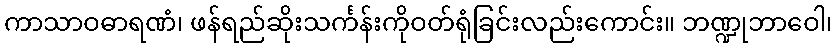
ကာသာဝဓာရဏံ၊ ဖန်ရည်ဆိုးသင်္ကန်းကိုဝတ်ရုံခြင်းလည်းကောင်း။ ဘဏ္ဍုဘာဝေါ၊